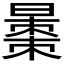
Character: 𱢦